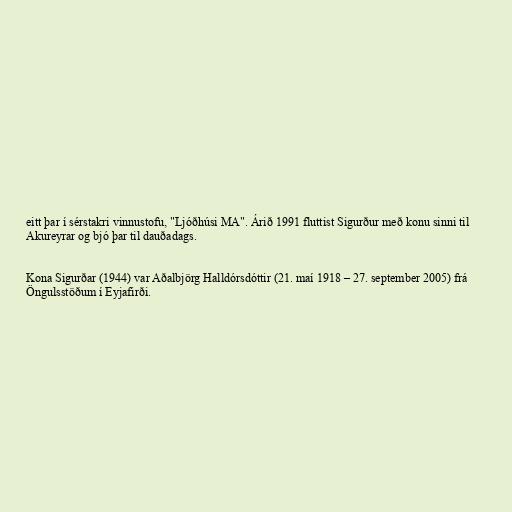
eitt þar í sérstakri vinnustofu, "Ljóðhúsi MA". Árið 1991 fluttist Sigurður með konu sinni til
Akureyrar og bjó þar til dauðadags.

Kona Sigurðar (1944) var Aðalbjörg Halldórsdóttir (21. maí 1918 – 27. september 2005) frá
Öngulsstöðum í Eyjafirði.